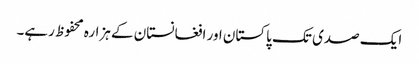
ایک صدی تک پاکستان اور افغانستان کے ہزارہ محفوظ رہے۔